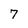
Character: 7